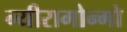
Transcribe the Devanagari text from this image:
न्यीरागोन्गो